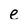
Character: e